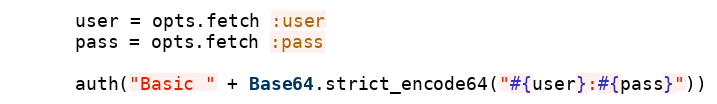
Language: Ruby
      user = opts.fetch :user
      pass = opts.fetch :pass

      auth("Basic " + Base64.strict_encode64("#{user}:#{pass}"))